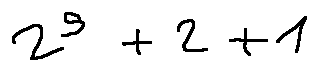
2 ^ { 5 } + 2 + 1